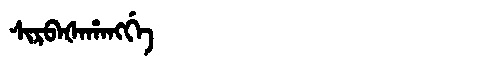
Manchu: ᠰᡳᡵᠪᠠᡧᠠᡥᠠᠩᡤᡝ
Romanization: SIRBAŠAHANGGE